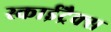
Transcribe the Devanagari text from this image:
स्काईट्रैक्स